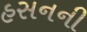
હસનની